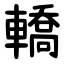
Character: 轎